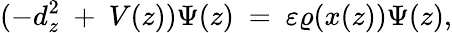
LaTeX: (-d_{z}^{2}\ +\ V(z))\Psi(z)\ =\ \varepsilon\varrho(x(z))\Psi(z),